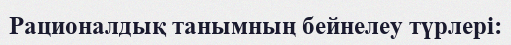
Рационалдық танымның бейнелеу түрлері: